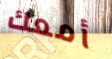
أمعك